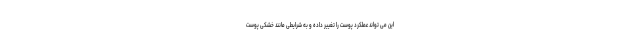
این می تواند عملکرد پوست را تغییر داده و به شرایطی مانند خشکی پوست